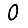
Digit: 0